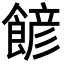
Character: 𩜽